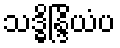
သဒ္ဓိန္ဒြိယံပ